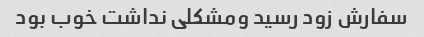
سفارش زود رسید ومشکلی نداشت خوب بود